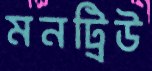
মনট্রিউ